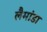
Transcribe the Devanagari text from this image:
लैमांडा